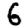
Digit: 6